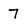
Character: 7